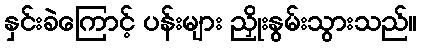
နှင်းခဲကြောင့် ပန်းများ ညှိုးနွမ်းသွားသည်။